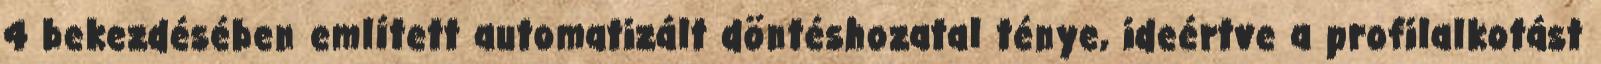
4 bekezdésében említett automatizált döntéshozatal ténye, ideértve a profilalkotást